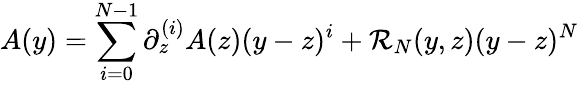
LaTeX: A(y)=\sum_{i=0}^{N-1}\partial_{z}^{(i)}A(z)(y-z)^{i}+\mathcal{R}_{N}(y,z)(y-z)^{N}